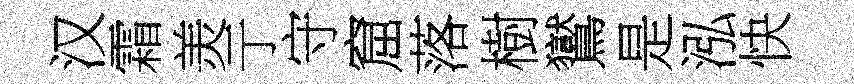
汉霜羙亍守窟落樹鸑是泓快